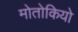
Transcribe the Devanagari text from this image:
मोतोकियो